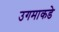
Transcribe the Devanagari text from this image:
उगमाकडे